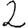
Digit: 2